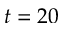
t = 2 0